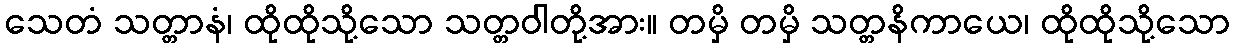
သေတံ သတ္တာနံ၊ ထိုထိုသို့သော သတ္တဝါတို့အား။ တမှိ တမှိ သတ္တနိကာယေ၊ ထိုထိုသို့သော